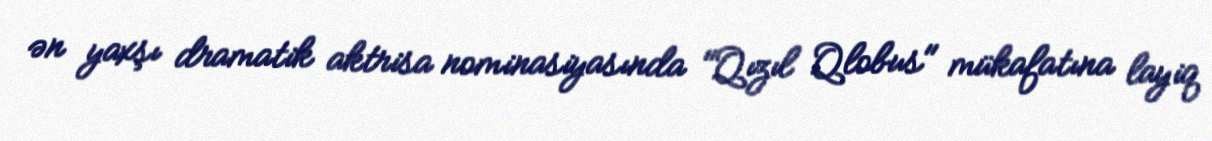
ən yaxşı dramatik aktrisa nominasiyasında "Qızıl Qlobus" mükafatına layiq